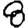
Digit: 8